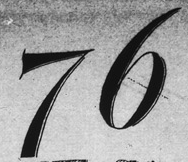
76